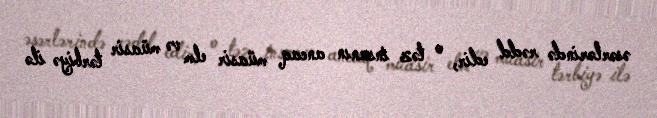
əsərlərində rədd edir, o təz insanın ancaq müasir elm və müasir tərbiyə ilə